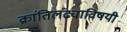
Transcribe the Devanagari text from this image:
क्रांतिलढ्याविषयी